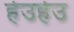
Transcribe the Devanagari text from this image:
हेउहेउ